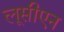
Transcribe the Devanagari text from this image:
लूसीएन